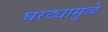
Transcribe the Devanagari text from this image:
घरट्यामुळे